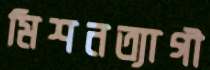
মিশনত্যাগী